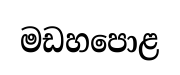
මඩහපොළ